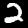
Label: 2